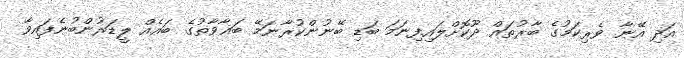
އަދި އޭނާ ވެރިކަމުގެ ބާރުތައް ދޫކޮށްލައިފިނަމަ ބަޑި ބޭނުންކުރާނަމޭ ބަޣާވާތުގެ ބައެއް ލީޑަރުންބުނެފައިވާ